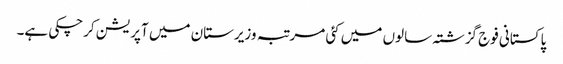
پاکستانی فوج گزشتہ سالوں میں کئی مرتبہ وزیرستان میں آپریشن کرچکی ہے۔